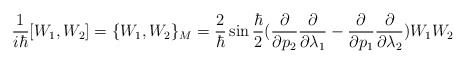
\begin{align*}\frac{1}{i \hbar} [ W_{1},W_{2}] =\{ W_{1},W_{2}\} _{M} =\frac{2}{\hbar} \sin \frac{\hbar}{2} (\frac{\partial}{\partial p_{2}}\frac{\partial}{\partial \lambda _{1}} - \frac{\partial}{\partial p_{1}} \frac{\partial}{\partial \lambda _{2}}) W_{1}W_{2}\end{align*}